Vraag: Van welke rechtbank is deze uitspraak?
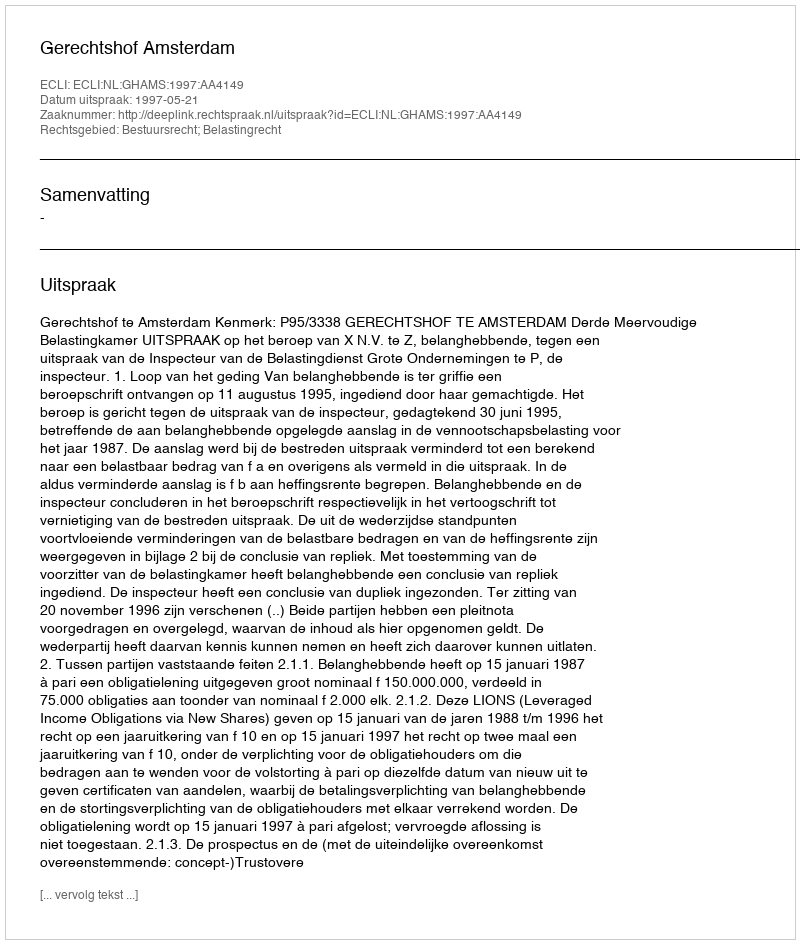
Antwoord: Gerechtshof Amsterdam